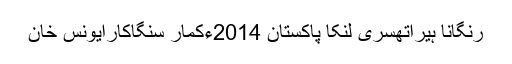
رنگانا ہیراتھسری لنکا پاکستان 2014ءکمار سنگاکارایونس خان